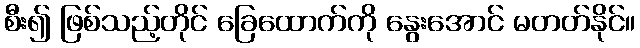
စီး၍ ဖြစ်သည့်တိုင် ခြေထောက်ကို နွေးအောင် မတတ်နိုင်။